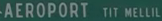
-AEROPORT TIT MELLIL